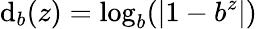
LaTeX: \mathrm{d}_{b}(z)=\log_{b}(|1-b^{z}|)